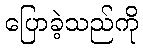
ပြောခဲ့သည်ကို